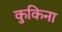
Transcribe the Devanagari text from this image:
कुकिना